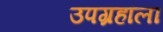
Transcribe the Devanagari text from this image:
उपग्रहांला